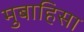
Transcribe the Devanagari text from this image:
मुबाहिसा